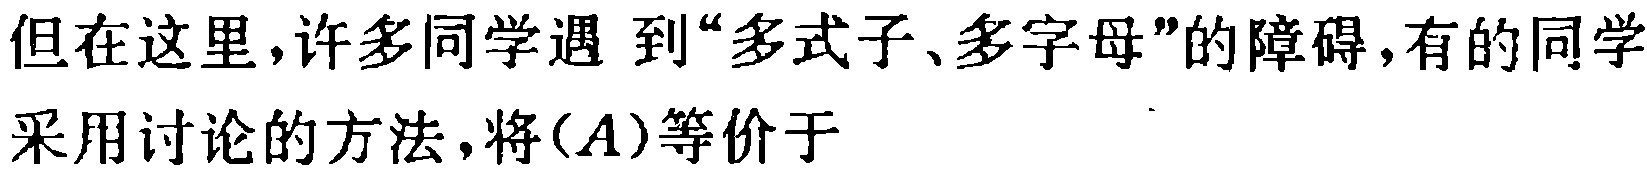
但在这里,许多同学遇到“多式子、多字母”的障碍,有的同学采用讨论的方法,将$(A)$等价于